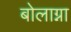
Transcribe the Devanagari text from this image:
बोलाग्ना